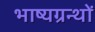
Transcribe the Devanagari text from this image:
भाष्यग्रन्थों